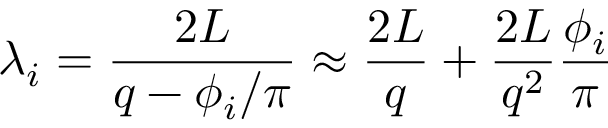
\lambda _ { i } = \frac { 2 L } { q - \phi _ { i } / \pi } \approx \frac { 2 L } { q } + \frac { 2 L } { q ^ { 2 } } \frac { \phi _ { i } } { \pi }